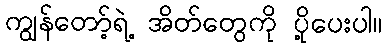
ကျွန်တော့်ရဲ့ အိတ်တွေကို ပို့ပေးပါ။